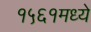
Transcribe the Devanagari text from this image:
१५६१मध्ये